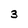
Character: 3